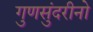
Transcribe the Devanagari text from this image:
गुणसुंदरीनो